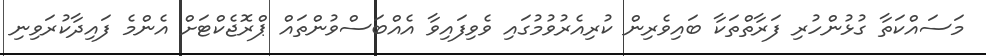
މަސައްކަތާ ގުޅުންހުރި ފަރާތްތަކާ ބައިވެރިން ކުރިއެރުވުމުގައި ވެވިފައިވާ އެއްބަސްވުންތައް ޕްރޮޖެކްޓަށް އެންމެ ފައިދާކުރަވިނި